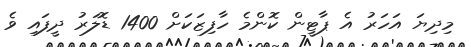
މިދިޔަ އަހަރު އެ ޕާޓީން ކޮންމެ ހާފިޒަކަށް 1400 ޑޮލަރު ދީފައި ވެ